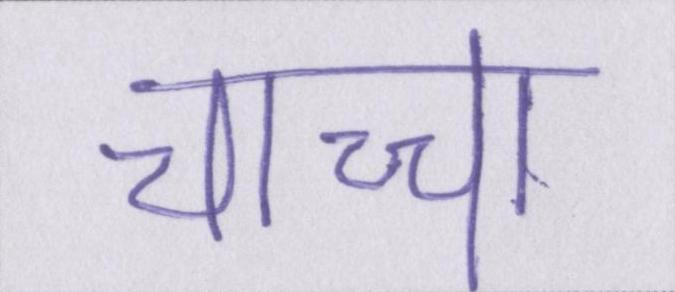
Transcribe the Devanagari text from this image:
चाच्चा